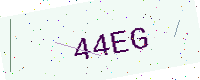
Text: 44EG